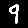
Digit: 9